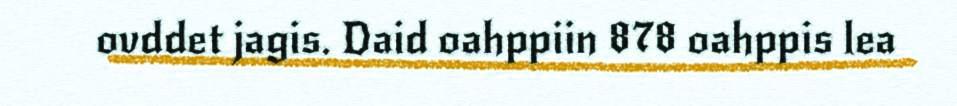
ovddet jagis. Daid oahppiin 878 oahppis lea